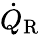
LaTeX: \dot{Q}_{\mathrm{R}}